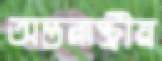
অন্তরাষ্ট্রীয়